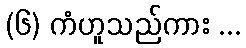
(၆) ကံဟူသည်ကား ...